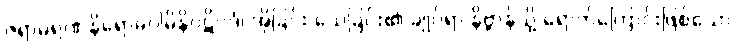
ဇရာမရဏနိရောဓဂါမိနိပဋိပဒံ၊ အိုခြင်း သေခြင်း၏ ချုပ်ရာ နိဗ္ဗာန်သို့ ရောက်ကြောင်းဖြစ်သော